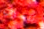
تنصرف